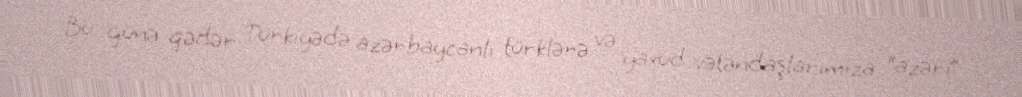
Bu günə qədər Türkiyədə azərbaycanlı türklərə və yaxud vətəndaşlarımıza “azəri”